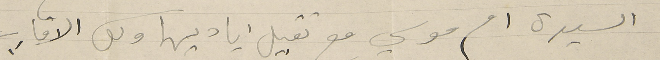
السيدة ام موسي مع تقبيل اياديها وكل الاقارب